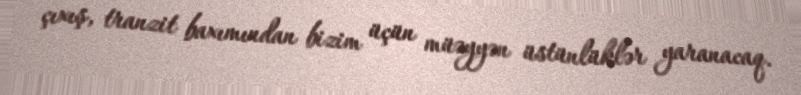
çıxış, tranzit baxımından bizim üçün müəyyən üstünlüklər yaranacaq.